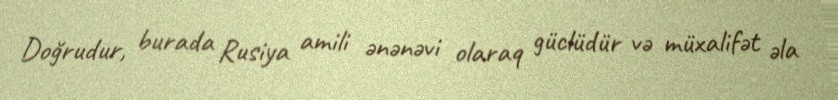
Doğrudur, burada Rusiya amili ənənəvi olaraq güclüdür və müxalifət əla